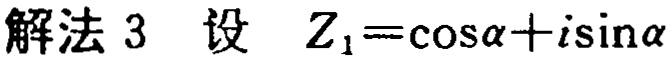
解法 3 设 \(Z_{1}=\cos\alpha + i\sin\alpha\)